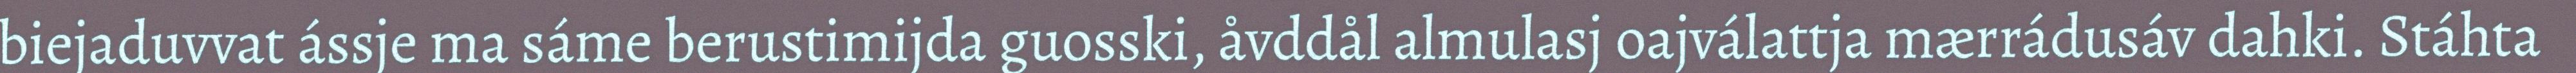
biejaduvvat ássje ma sáme berustimijda guosski, åvddål almulasj oajválattja mærrádusáv dahki. Stáhta